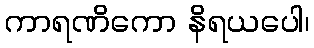
ကာရဏိကော နိရယပေါ၊